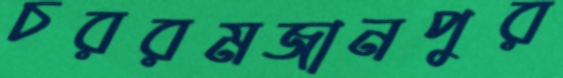
চররমজানপুর